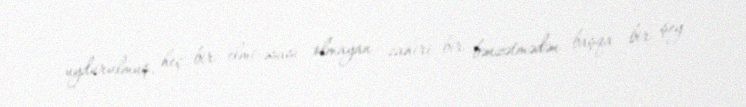
uydurulmuş, heç bir elmi əsası olmayan zahiri bir bənzətmədən başqa bir şey